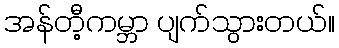
အန်တီ့ကမ္ဘာ ပျက်သွားတယ်။